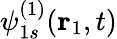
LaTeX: \psi_{1s}^{(1)}(\mathbf{r}_{1},t)